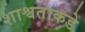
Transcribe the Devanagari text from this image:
शाश्वताकडे